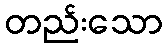
တည်းသော